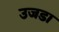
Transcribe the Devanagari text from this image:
उजडा